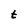
Character: t